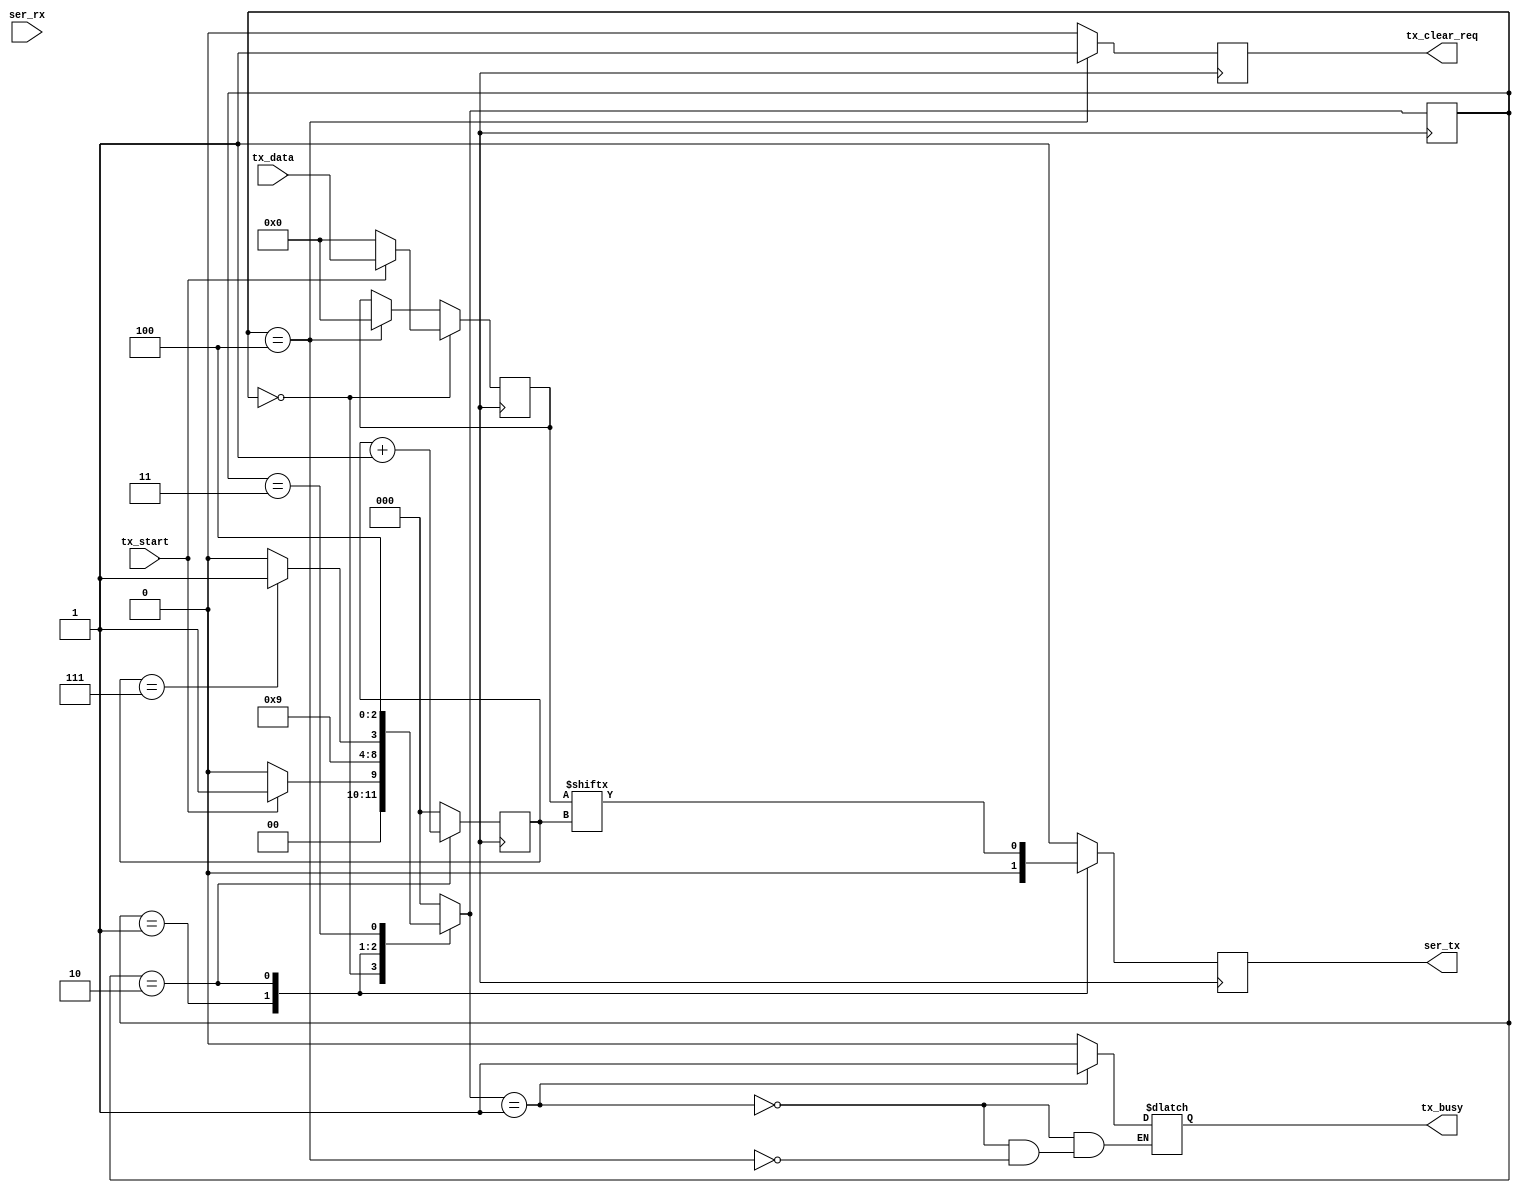
`default_nettype wire
`timescale 1 ns / 1 ps

/* tbuart --- mimic an external UART display, operating at 9600 baud	*/
/* and accepting ASCII characters for display.				*/
module tbuart (
	input  ser_rx,
	input tx_start,
	output reg ser_tx,
	input [7:0] tx_data,
	output reg tx_busy,
	output reg tx_clear_req
);
	reg [2:0] recv_state;
	reg [2:0] recv_next_state;
	reg [2:0] rx_index;
	reg [31:0]clk_div;
	reg [31:0]clk_cnt;
	reg [7:0] recv_pattern;
	reg [8*10-1:0] recv_buf_data;	// 50 characters.  Increase as needed for tests.

	reg [2:0] tr_state;
	reg [2:0] tr_next_state;
	reg [2:0] tx_index;
	reg [7:0] tx_pattern;

	reg clk;

	parameter R_WAIT 		= 3'b000;
	parameter R_GET_DATA  	= 3'b001;
	parameter R_STOP_BIT	= 3'b010;
	parameter T_WAIT		= 3'b000;
	parameter T_START_BIT   = 3'b001;
	parameter T_SEND_DATA	= 3'b010;
	parameter T_STOP_BIT    = 3'b011;
	parameter T_CLEAR       = 3'b100;
	

	parameter baud_rate = 9600;


	initial begin
		clk = 0;
		recv_state = 0;			// 3bit
		recv_next_state = 0;
		rx_index = 0;			// 3bit
		recv_pattern = 0;			// 8bit
		recv_buf_data = 0;			// 50 words
		tr_state = 0;
		tr_next_state = 0;
		tx_index = 0;
		tx_pattern = 0;
		ser_tx = 1;
		tx_busy = 0; // initial tbuart
		tx_clear_req = 0;
		clk_div = 40000000/baud_rate;
		clk_cnt = 0;
	end

	always #52083 clk <= ~clk;

	always@(posedge clk)begin
		recv_state <= recv_next_state;
	end
	// --------------------Receiver------------------------//
	always@(*)begin
		case(recv_state)
			R_WAIT:begin
				if(!ser_rx)
					recv_next_state = R_GET_DATA;
				else
					recv_next_state = R_WAIT;
			end
			R_GET_DATA:begin
				if(rx_index==3'b111)
					recv_next_state = R_STOP_BIT;
				else
					recv_next_state = R_GET_DATA;
			end
			R_STOP_BIT:begin
				if(ser_rx)
					recv_next_state = R_WAIT;
				else
					recv_next_state = R_STOP_BIT;
			end
			default:begin
				recv_next_state = R_WAIT;
			end
		endcase  
	end

	always@(posedge clk)begin
		case(recv_state)
			R_WAIT, R_STOP_BIT: rx_index <= 0;
			R_GET_DATA: rx_index <= rx_index + 1;
			default: rx_index <= 0;
		endcase
	end

	always@(posedge clk)begin
		case(recv_state)
			R_WAIT: recv_pattern <= 0;
			R_GET_DATA:	begin
				recv_pattern <= {ser_rx, recv_pattern[7:1]};
				$display("rx data bit index %d: %b", rx_index, ser_rx);
			end
			default: recv_pattern <= 0;
		endcase
	end

	always@(posedge clk)begin
		if(recv_state==R_STOP_BIT)begin
			recv_buf_data <= {recv_buf_data, recv_pattern};
			$display("recevied word %d", recv_pattern);
		end
	end
	
	// --------------------Transmitter------------------------//
	always@(posedge clk)begin
		tr_state <= tr_next_state;
	end

	always@(*)begin
		case(tr_state)
			T_WAIT:begin
				if(tx_start)
					tr_next_state = T_START_BIT;
				else
					tr_next_state = T_WAIT;
			end
			T_START_BIT:begin
				tr_next_state = T_SEND_DATA;
			end
			T_SEND_DATA:begin
				if(tx_index==3'b111)
					tr_next_state = T_STOP_BIT;
				else
					tr_next_state = T_SEND_DATA;
			end
			T_STOP_BIT:begin
				tr_next_state = T_CLEAR;
			end
			T_CLEAR:begin
				tr_next_state = T_WAIT;
			end
			default:begin
				tr_next_state = T_WAIT;
			end
		endcase
	end

	always@(posedge clk)begin
		case(tr_state)
			T_WAIT, T_START_BIT, T_STOP_BIT, T_CLEAR: tx_index <= 0;
			T_SEND_DATA: tx_index <= tx_index + 1;
			default: tx_index <= 0;
		endcase
	end

	always@(posedge clk)begin
		if(tr_state==T_WAIT)
			tx_pattern <= (tx_start) ? tx_data : 0;
		else if(tr_state==T_CLEAR)
			tx_pattern <= 0;
	end

	always@(posedge clk)begin
		case(tr_state)
			T_WAIT: ser_tx <= 1;
			T_START_BIT: ser_tx <= 0;
			T_SEND_DATA:begin 
				ser_tx <= tx_pattern[tx_index];
				$display("tx_data[%d] = 1'b%b", tx_index, tx_pattern[tx_index]);
			end
			T_STOP_BIT: ser_tx <= 1;
			T_CLEAR: ser_tx <= 1;
			default: ser_tx <= 1;
		endcase
	end

	always@(posedge clk)begin
		if(tr_state==T_CLEAR)
			tx_clear_req <= 1;
		else
			tx_clear_req <= 0;
	end

	always@(*)begin
		if(tr_next_state == T_START_BIT)
			tx_busy = 1;
		else if(tr_state == T_CLEAR)
			tx_busy = 0;
	end

endmodule


/*module tbuart (
	input  ser_rx,
	output  ser_tx
);
	reg [3:0] recv_state;
	reg [2:0] recv_divcnt;
	reg [7:0] recv_pattern;
	reg [8*50-1:0] recv_buf_data;	// 50 characters.  Increase as needed for tests.

	reg clk;

	initial begin
		clk <= 1'b0;
		recv_state <= 0;
		recv_divcnt <= 0;
		recv_pattern <= 0;
		recv_buf_data <= 0;
	end

	// NOTE:  Running at 3.0us clock period @ 5 clocks per bit = 15.0us per
	// bit ~= 64 kbaud. Not tuned to any particular UART.  Most run at
	// 9600 baud default and will bounce up to higher baud rates when
	// passed specific command words.

//	always #1500 clk <= (clk === 1'b0);
//	always #52083 clk <= (clk === 1'b0);  // working for 9600 baud 52075
	always #10417 clk <= ~clk;
//	always #2650 clk <= ~clk;
//	always #125 clk <= (clk === 1'b0);

	always @(posedge clk) begin
		recv_divcnt <= recv_divcnt + 1;
		case (recv_state)
			0: begin
				if (!ser_rx)
					recv_state <= 1;
				recv_divcnt <= 0;
			end
			1: begin
				if (2*recv_divcnt > 3'd3) begin
					recv_state <= 2;
					recv_divcnt <= 0;
				end
			end
			10: begin
				if (recv_divcnt > 3'd3) begin
					// 0x0a = '\n'
					//if (recv_pattern == 8'h0a) begin
						//$display("output: %h", recv_buf_data);
					//end else begin
						$display("output: %h", recv_pattern);
						recv_buf_data <= {recv_buf_data, recv_pattern};
					//end
					recv_state <= 0;
				end
			end
			default: begin // DATA BITS 2-9
				if (recv_divcnt > 3'd3) begin
					recv_pattern <= {ser_rx, recv_pattern[7:1]};
					$display("ser_rx index %2d: %b", recv_state-2, ser_rx);
					recv_state <= recv_state + 1;
					recv_divcnt <= 0;
				end
			end
		endcase
	end

endmodule*/